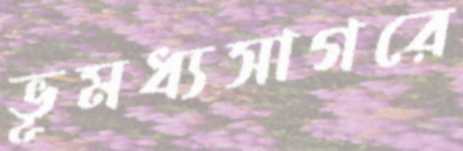
ভূমধ্যসাগরে